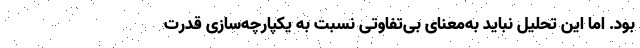
بود. اما این تحلیل نباید به‌معنای بی‌تفاوتی نسبت به یکپارچه‌سازی قدرت